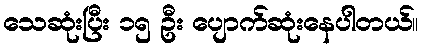
သေဆုံးပြီး ၁၅ ဦး ပျောက်ဆုံးနေပါတယ်။